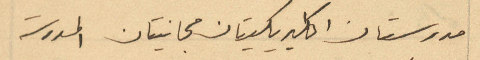
مدرستان اكليريكيتان مجانيتان المدرسة